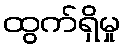
ထွက်ရှိမှု